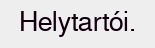
Helytartói.